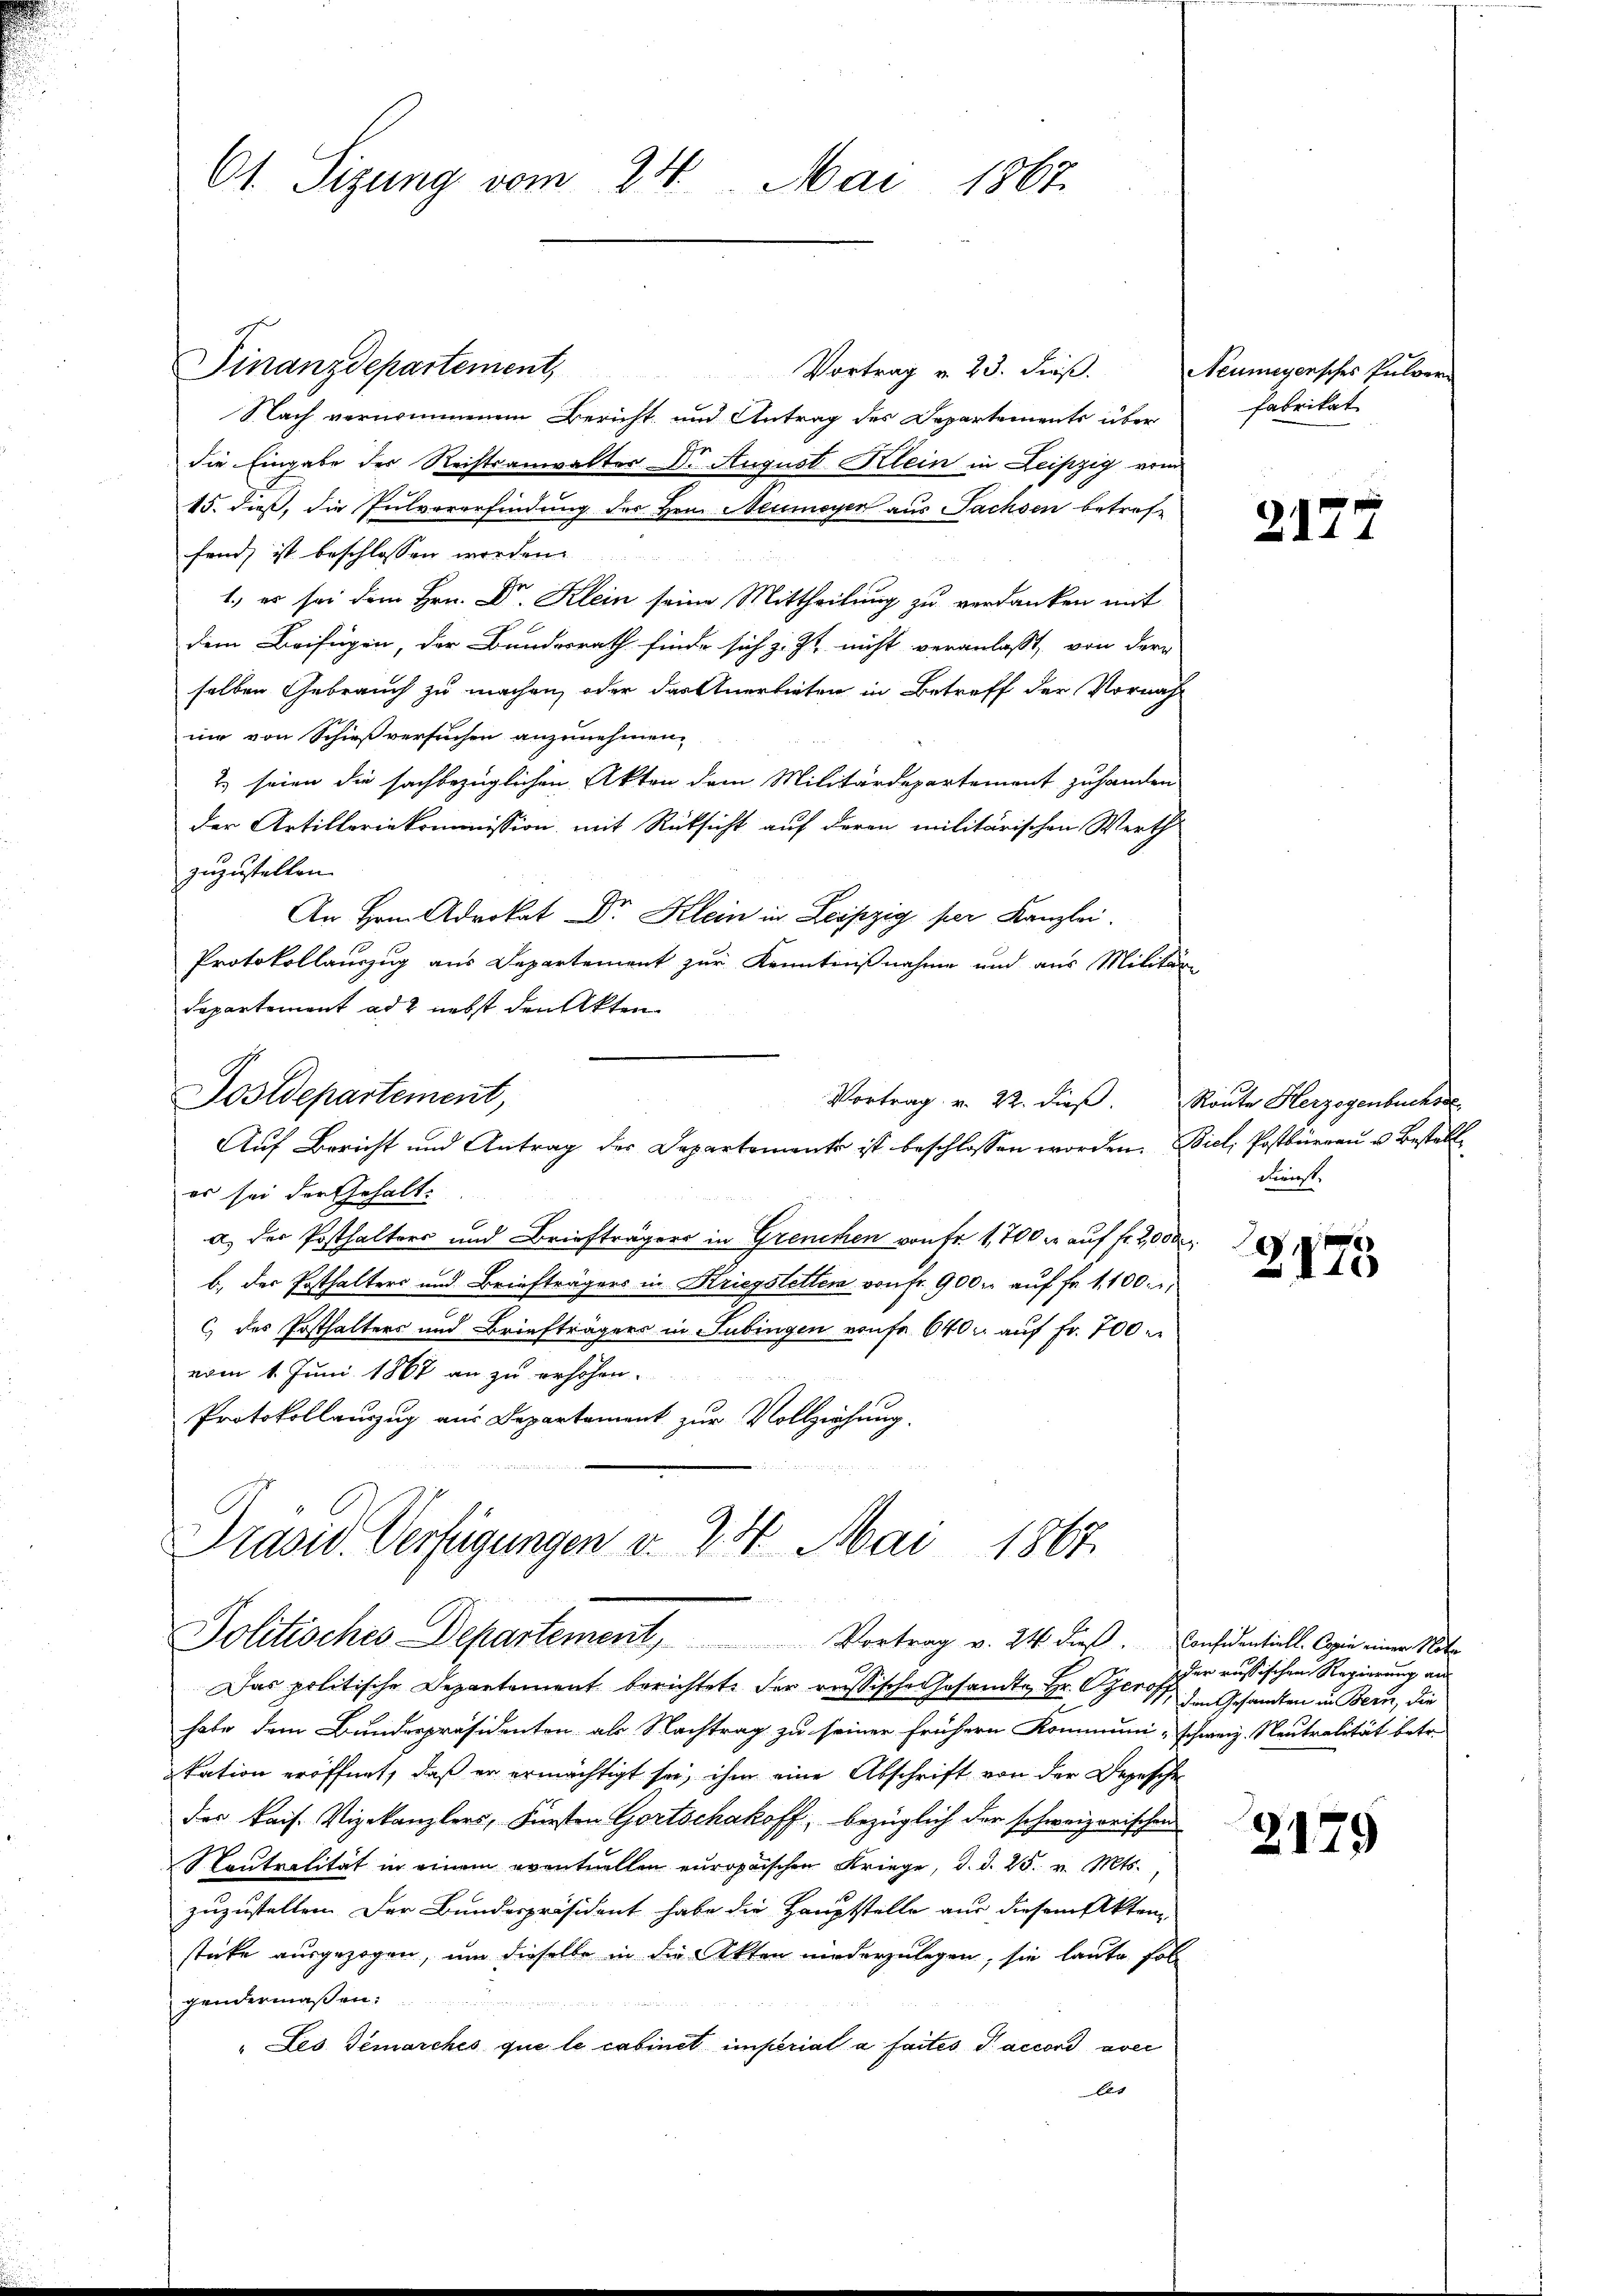
61. Sizung vom 24. Mai 1867.

Vortrag v. 23. dieß.
Nach vernommenem Bericht und Antrag des Departements über
die Eingabe der Reistsanwalter Dr. August Klein in Leipzig vom
15. dieß, die Pulvererfindung des Her Neumeyer aus Sachsen betreffend, ist beschlossen worden.
1.) es sei dem Hrn. Dr. Klein seine Mittheilung zu verdanken mit
dem Beifügen, der Bundesrath finde sich z. Zt. nicht veranlaßt, von der
selben Gebrauch zu machen, oder das Anerbieten in Betreff der Vornah
nie von Schießversuchen anzunehmen.
2) seien die sachbezüglichen Akten dem Militärdepartement zu handen
der Artilleriekommission mit Rüksicht auf deren militärischen Werth
zuzustellen.
An Hrnn Advokat Dr. Klein in Leipzig per Kanzlei.
Protokollauszug aus Departement zur Kenntnißnahme und aus Militär
Departement ad 2 nebst den Akten
Sostdepartement,
Vortrag v. 22. dieß.
Auf Bericht und Antrag der Departements ist beschlossen worden. Biel, Postbüreau u. Bestell
er sei der Gehalt.
a. der Posthalters und Briefträgers in Grenchen von Fr. 1,700 r. auf fr. 2,000
b. der Posthalters und Briefträgers in Kriegstetten von fr. 900 u. auf fr. 1100.
c) das Posthalters und Briefträgers in Tübingen von fr 640 u. auf Fr. 700
vom 1. Juni 1867 an zu erhöhen.
Protokollauszug aus Departement zur Vollziehung.

Finanzdepartement,

Präsid. Verfügungen v. 24. Mai 1867
Politisches Departement, Vortrag v. 24 dieβ. Confidentiell. Copie einer Nat

Neumeyersches Pulver
fabrikat

Das politische Departament berichtete der reissische Gesandte Hr. Czer den Gesandten in Bern, die
habe dem Bundespräsidenten als Nachtrag zu seiner frühern Kommuni -schweiz. Neutralität betr.
kation eröffnet, daß er ermächtigt sei, ihm eine Abschrift von der Depesche
des kais. Vizekanzlers, Fürsten Gortschakoff, bezüglich der schweizerischen
Contralität in einem eventuellen europaischen Kriege, d. d. 25. v. Mts.,
zuzustellen. Der Bundespräsident habe die Hauptstelle aus diesem Akten
sticke ausgezogen, um dieselbe in die Akten niederzulegen, sie laute Folgendermassen.
"Les Gemarches que le cabinet imperial a faites Saccord aver
bet

2177

Route Herzogenbuchsre
Forerst

2175

der russischen Regierung an

2179